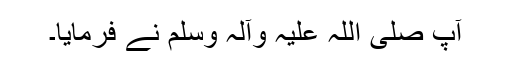
آپ صلی اللہ علیہ وآلہ وسلم نے فرمایا۔